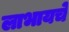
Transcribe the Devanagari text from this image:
लाभायचे